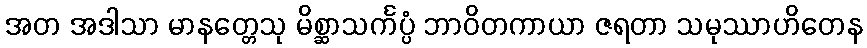
အတ အဒါသာ မာနတ္တေသု မိစ္ဆာသင်္ကပ္ပံ ဘာဝိတကာယာ ဇရတာ သမုဿာဟိတေန